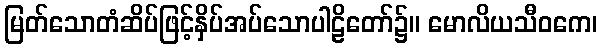
မြတ်သောတံဆိပ်ဖြင့်နှိပ်အပ်သောပါဠိတော်၌။ မောလိယသီဝကေ၊